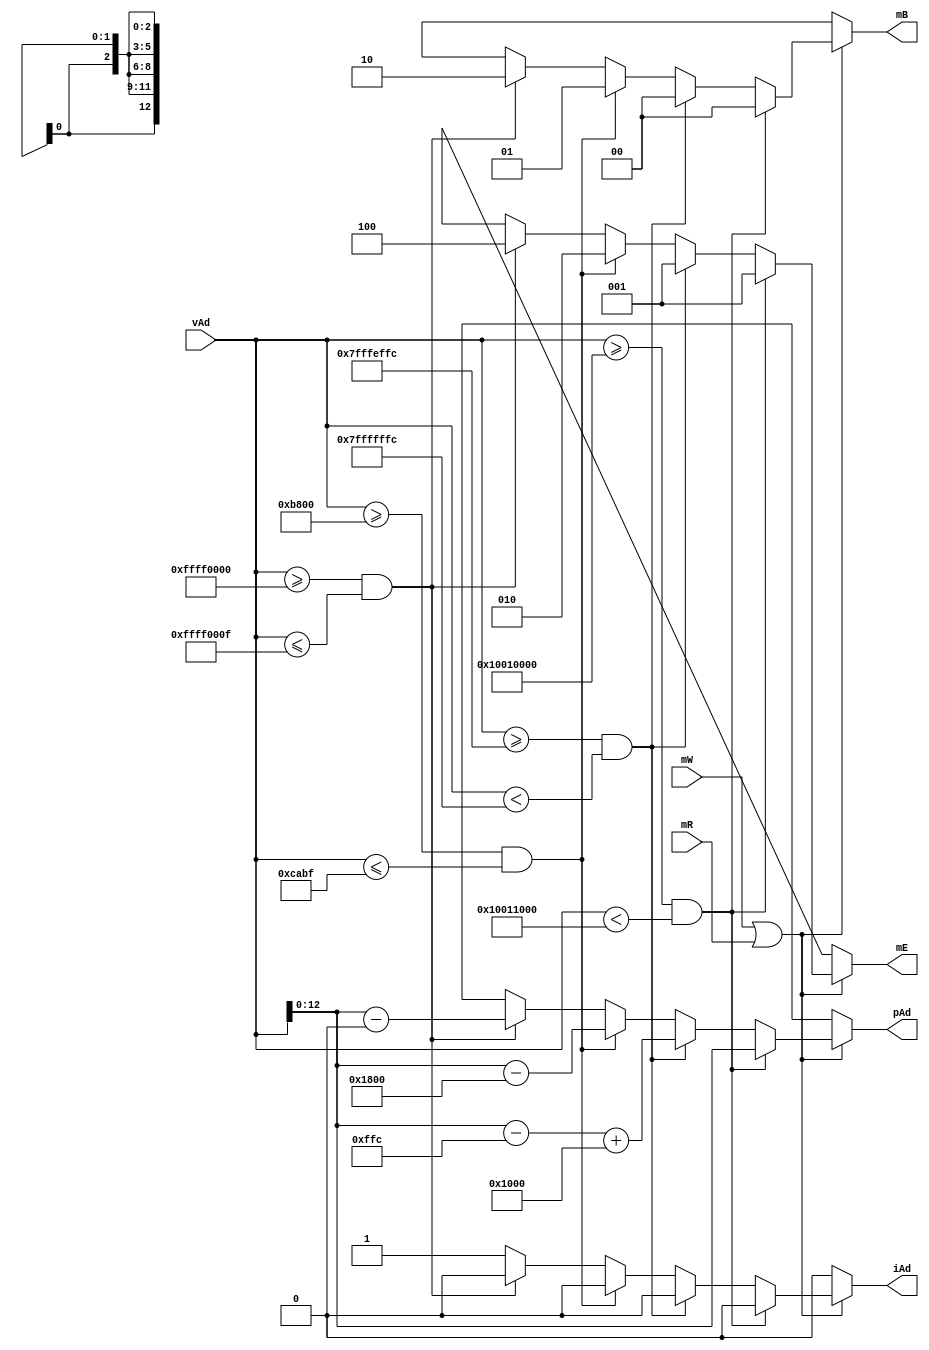
module MemoryDecoder(
  input [31:0] vAd,
  input mW,
  input mR,
  output [12:0] pAd,
  output [2:0] mE,
  output [1:0] mB,
  output iAd
);

reg[12:0] o_pAd;
reg[2:0] o_mE;
reg[1:0] o_mB;
reg o_iAd;

assign pAd = o_pAd;
assign mE = o_mE;
assign mB = o_mB;
assign iAd = o_iAd;

always @ (vAd or mW or mR)
    begin
        if(mW || mR)
            begin 
                if(vAd >= 32'h10010000 && vAd < 32'h10011000) 
                    begin
                        o_pAd = vAd[12:0];
                        o_mE = 3'b001;
                        o_mB = 2'b00;
                        o_iAd = 1'b0;
                    end
                
                else if(vAd >= 32'h7FFFEFFC && vAd < 32'h7FFFFFFC) 
                    begin
                        o_pAd = vAd[12:0] - 13'hEFFC + 13'd4096;
                        o_mE = 3'b001;
                        o_mB = 2'b00;
                        o_iAd = 1'b0;
                        
                    end
                
                else if(vAd >= 32'hB800 && vAd <= 32'hCABF) 
                    begin
                        o_pAd = vAd[12:0] - 13'hB800;
                        o_mE = 3'b010;
                        o_mB = 2'b01;
                        o_iAd = 1'b0;
                        
                    end
                
                else if(vAd >= 32'hFFFF0000 && vAd <= 32'hFFFF000F) 
                    begin
                        o_pAd = vAd[12:0] - 13'h0;
                        o_mE = 3'b100;
                        o_mB = 2'b10;
                        o_iAd = 1'b0;
                    end
                
                else
                    begin
                        o_pAd = 13'dx;
                        o_mE = 3'dx;
                        o_mB = 2'dx;
                        o_iAd = 1'b1;
                    end 
            end 
            else
                begin
                    o_pAd = 13'dx;
                    o_mE = 3'dx;
                    o_mB = 2'dx;
                    o_iAd = 1'b0;
                end
    end


endmodule